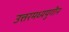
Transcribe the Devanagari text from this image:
उत्तरमध्ययुगीन